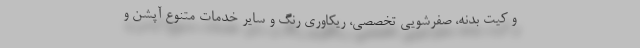
و کیت بدنه، صفرشویی تخصصی، ریکاوری رنگ و سایر خدمات متنوع آپشن و